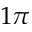
1 \pi